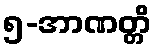
၅-အာဏတ္တိ